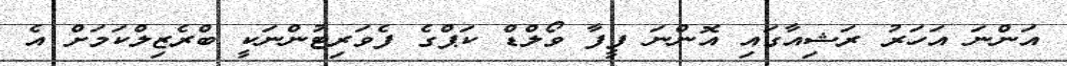
އަންނަ އަހަރު ރަޝިއާގައި އޮންނަ ފީފާ ވޯލްޑް ކަޕްގެ ފެވަރިޓުންނަކީ ބްރެޒިލްކަމަށް އެ